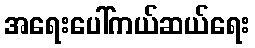
အရေးပေါ်ကယ်ဆယ်ရေး